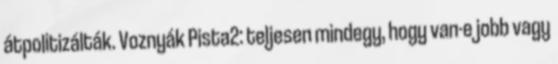
átpolitizálták. Voznyák Pista2: teljesen mindegy, hogy van-e jobb vagy